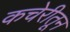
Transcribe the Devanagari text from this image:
कचेरीतून